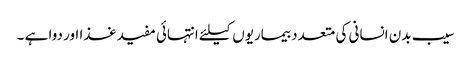
سیب بدن انسانی کی متعدد بیماریوں کیلئے انتہائی مفید غذا اور دوا ہے ۔